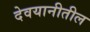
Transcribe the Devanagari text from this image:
देवयानीतील